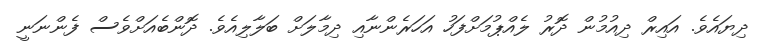
ދިޔައެވެ. އައިރް ދިއުމުން ދޮރު ލެއްޕުމަށްފަހު އަހަރެންނާއި ދިމާލަށް ބަލާލިއެވެ. ދޮންބެއަށްވެސް ފެންނަނީ